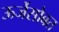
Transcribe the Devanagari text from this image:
ऊर्जेसोबत